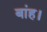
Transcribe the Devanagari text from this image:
बांह।